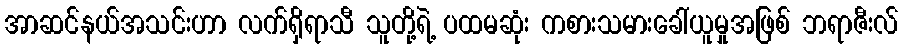
အာဆင်နယ်အသင်းဟာ လက်ရှိရာသီ သူတို့ရဲ့ ပထမဆုံး ကစားသမားခေါ်ယူမှုအဖြစ် ဘရာဇီးလ်